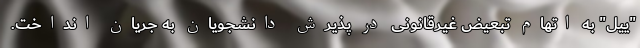
"ییل" به اتهام تبعیض غیرقانونی در پذیرش دانشجویان به جریان انداخت.